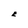
Character: E